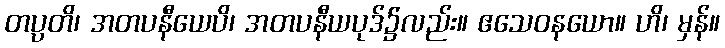
တပ္ပတိ၊ အတပနီယေပိ၊ အတပနီယပုဒ်၌လည်း။ ဧသေဝနယော။ ဟိ၊ မှန်။